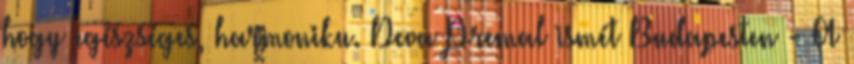
hogy egészséges, harmoniku. Deva Premal ismét Budapesten - A